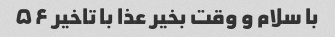
با سلام و وقت بخیر عذا با تاخیر ۵۶